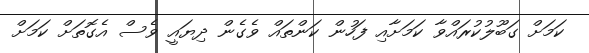
ކަމަށް ގަބޫލުކުރައްވާ ކަމަށާއި ފަހުން ކަންތައް ވެގެން ދިޔައީ ވެސް އެގޮތަށް ކަމަށް